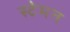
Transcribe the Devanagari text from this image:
स्टेमन